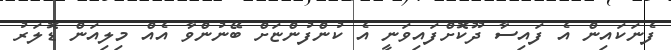
ފެނަކައިން އެ ފައިސާ ދޫކޮށްފައިވަނީ އެ ކުންފުންޏަށް ބޭނުންވާ އެއް މިލިއަން ޑޮލަރު